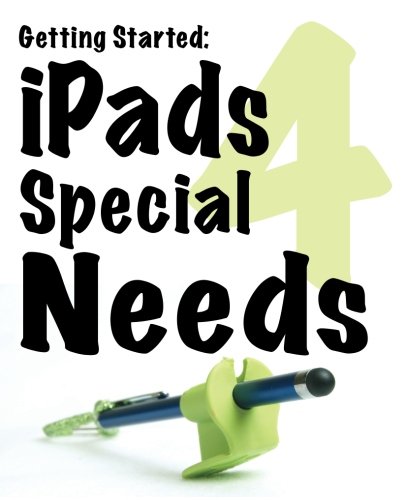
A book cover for Getting Started: iPads for Special Needs; Sami Rahman; Computers & Technology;